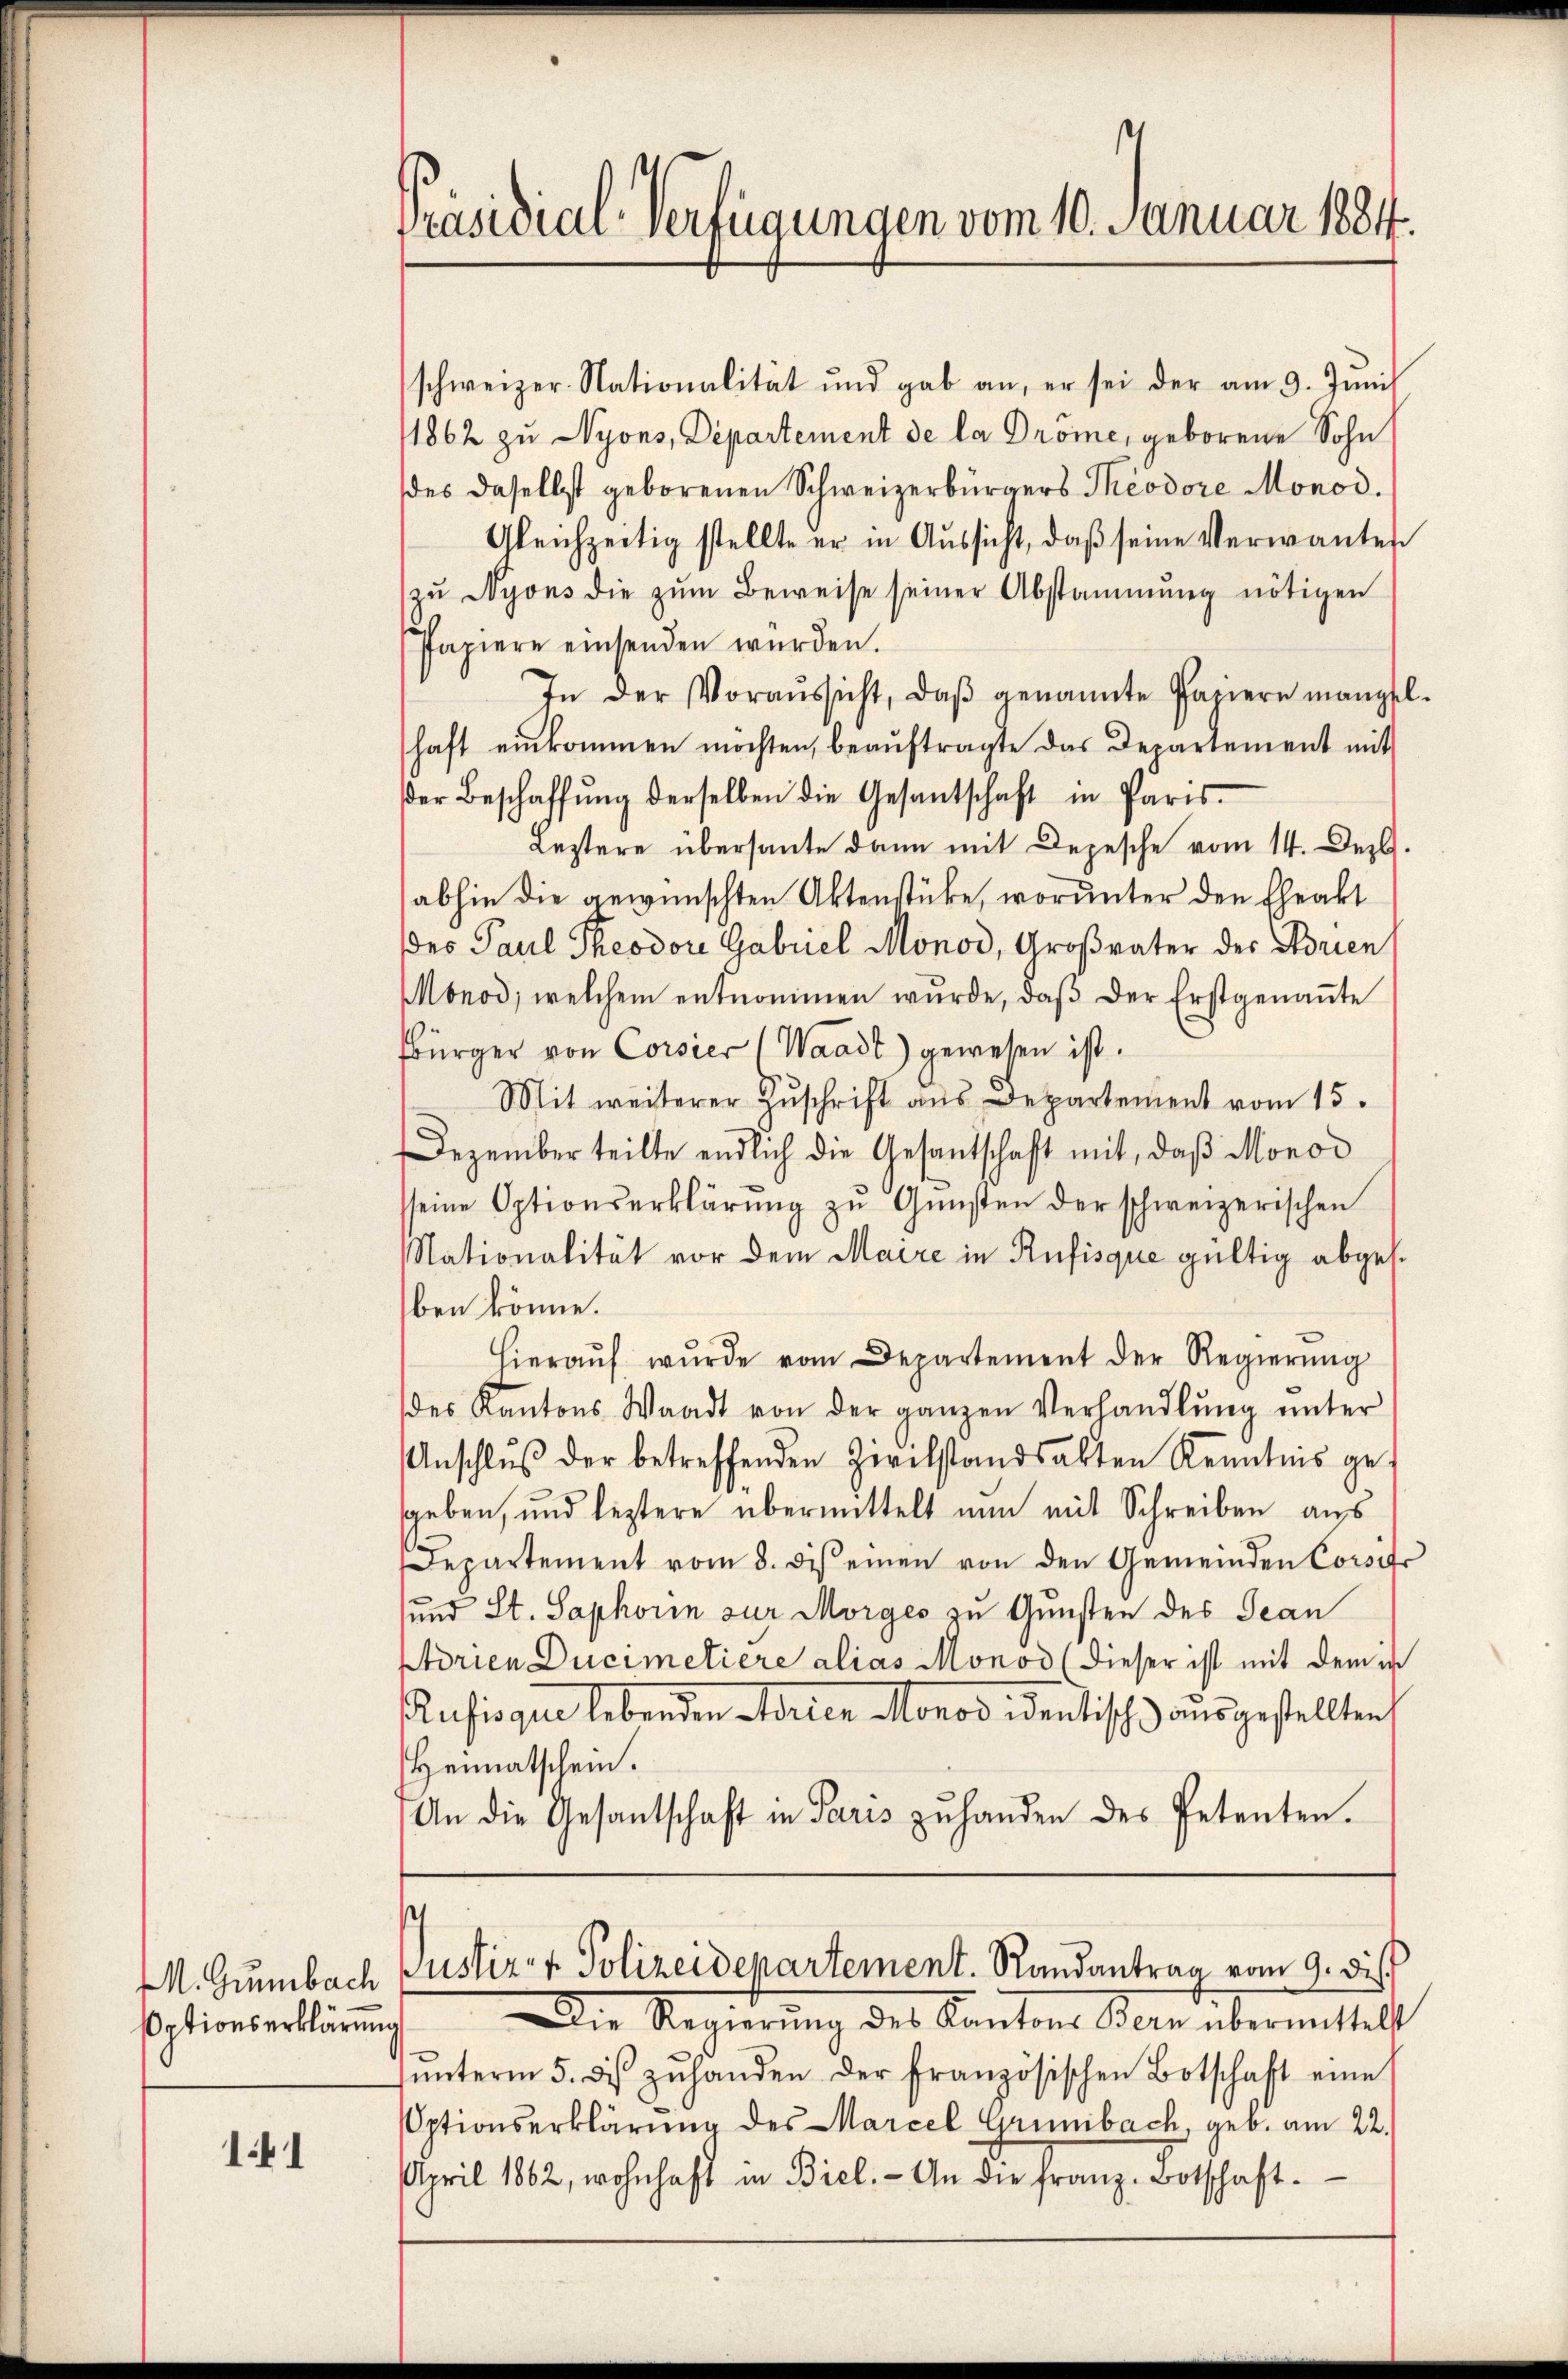
M. Grünbach
soptionserklärung

141

Präsidial-Verfügungen vom 10. Januar 1884.

schweizer. Nationalität und gab an, er sei der am 9. Juni
1862 zu Nyons, Departement de la Drome, geborene Sohn
des daselbst geborenen Schweizerbürgers Theodore Monod.
Gleichzeitig stellte er in Aussicht, daß seine Verwanten
zŭ Nyons die zŭm Beweise seiner Abstammung nötigen
Papiere einsenden würden.
In der Voraŭssicht, daβ genannte Pariere mangel-
haft einkommen möchten, beauftragte das Departement mit
der Beschaffŭng derselben die Gesantschaft in Paris
Leztere übersante dann mit Depesche vom 14. Dez.
abhin die gewünschten Aktenstücke, worunter den Eheakt
Des Paul Theodor Gabuel Monod, Großvater der Adrien
Monod, welchem entnommen wurde, daβ der Erstgenaṅte
bürger von Corsier (Waadt) gewesen ist.
Mit weiterer Zŭschrift aus Departement vom 15.
Dezember teilte endlich die Gesantschaft mit, daß Monod
sseine Optionserklärung zu Gunsten der schweizerischen
Nationalität vor dem Maire in Rufisque gültig abges.
ben könne.
hieraŭf wŭrde vom Departement der Regierŭng
des Kantons Waadt von der ganzen Verhandlŭng ŭnter
Anschlŭβ der betreffenden Zivilstandsabten Kenntnis ge-
geben, und leztere übermittelt nun mit Schreiben aus
Departement vom 8. des einen von den Gemeinden Corser
und St. Saphorin zur Morges zu Gunsten des Jean
ptorien Ducimetiere alias Monod (Dieser ist mit dem i
usisque lebenden Ferien Monos identisch ausgestellten
Heimatschein.
An die Gesantschaft in Paris zŭ handen des Petenten.

Die Regierung des Kantons Bern übermittelt
ŭnterm 5. des zŭ handen der französischen Botschaft eine
ptionserklärung des Marcel Grünbach, geb. am 22.
April 1862, wohnhaft in Biel. - An die Franz. Botschaft¬

Justiz- & Polizeidepartement. Randantrag vom 9. dies